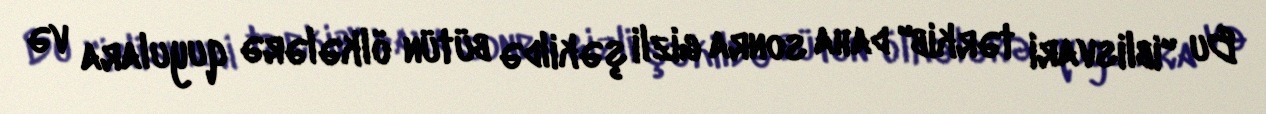
Bu "iblisvari tərkib" daha sonra gizli şəkildə bütün ölkələrə quyulara və